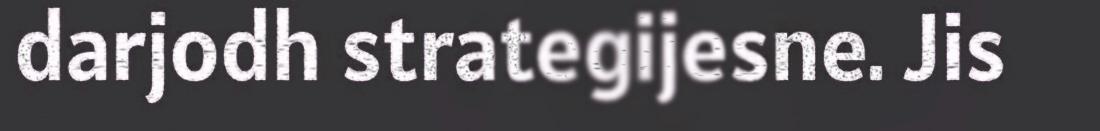
darjodh strategijesne. Jis